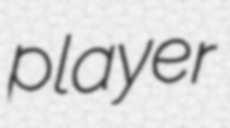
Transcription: player